Insane asylums Bombay 1873-77 - 1873-1877
Year: 1873
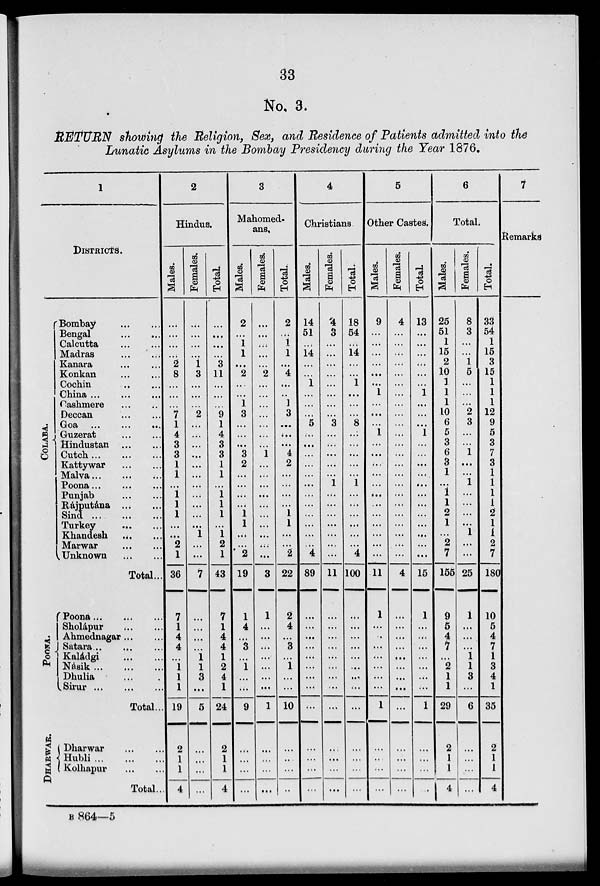
33
No. 3.
RETURN showing the Religion, Sex, and Residence of Patients admitted into the
Lunatic Asylums in the Bombay Presidency during the Year 1876.
1
DISTRICTS.
COLABA.
Bombay ... ...
Bengal ... ...
Calcutta ... ...
Madras ... ...
Kanara ... ...
Konkan ... ...
Cochin ... ...
China ... ...
Cashmere ... ...
Deccan ... ...
Goa ... ... ...
Guzerat ... ...
Hindustan ... ...
Cutch ... ... ...
Kattywar ... ...
Malva ... ... ...
Poona ... ... ...
Punjab ... ...
Rájputána ... ...
Sind ... ... ...
Turkey ... ...
Khandesh ... ...
Marwar ... ...
Unknown ... ...
Total ...
POONA.
Poona ... ... ...
Sholápur ... ...
Ahmednagar ... ...
Satara ... ... ...
Kaladgi ... ...
Násik ... ... ...
Dhulia ... ...
Sirur ... ... ...
Total...
DHARWAR.
Dharwar ... ...
Hubli ... ... ...
Kolhapur ... ...
Total ...
2
Hindus.
Males.
...
...
...
...
2
8
...
...
...
7
1
4
3
3
1
1
...
1
1
1
...
...
2
1
36
7
1
4
4
...
1
1
1
19
2
1
1
4
Females.
...
...
...
...
1
3
...
...
...
2
...
...
...
...
...
...
...
...
...
...
...
1
...
...
7
...
...
...
...
1
1
3
...
5
...
...
...
...
Total
...
...
...
...
3
11
...
...
...
9
1
4
3
3
1
1
...
1
1
1
...
1
2
1
43
7
1
4
4
1
2
4
1
24
2
1
1
4
3
Mahomed-
ans.
Males.
2
...
1
1
...
2
...
...
1
3
...
...
...
3
2
...
...
...
...
1
1
...
...
2
19
1
4
...
3
...
1
...
...
9
...
...
...
...
Females.
...
...
...
...
...
2
...
...
...
...
...
...
...
1
...
...
...
...
...
...
...
...
...
...
3
1
...
...
...
...
...
...
...
1
...
...
...
...
Total.
2
...
1
1
...
4
...
...
1
3
...
...
...
4
2
...
...
...
...
1
1
...
...
2
22
2
4
...
3
...
1
...
...
10
...
...
...
...
4
Christians
Males.
14
51
...
14
...
...
1
...
...
...
5
...
...
...
...
...
...
...
...
...
...
...
...
4
89
...
...
...
...
...
...
...
...
...
...
...
...
...
Females.
4
3
...
...
...
...
...
...
...
...
3
...
...
...
...
...
1
...
...
...
...
...
...
...
11
...
...
...
...
...
...
...
...
...
...
...
...
...
Total.
18
54
...
14
...
...
1
...
...
...
8
...
...
...
...
...
1
...
...
...
...
...
...
4
100
...
...
...
...
...
...
...
...
...
...
...
...
...
5
Other Castes.
Males.
9
...
...
...
...
...
...
1
...
...
...
1
...
...
...
...
...
...
...
...
...
...
...
...
11
1
...
...
...
...
...
...
...
1
...
...
...
...
Females.
4
...
...
...
...
...
...
...
...
...
...
...
...
...
...
...
...
...
...
...
...
...
...
...
4
...
...
...
...
...
...
...
...
...
...
...
...
...
Total.
13
...
...
...
...
...
...
1
...
...
...
1
...
...
...
...
...
...
...
...
...
...
...
...
15
1
...
...
...
...
...
...
...
1
...
...
...
...
6
Total.
Males.
25
51
1
15
2
10
1
1
1
10
6
5
3
6
3
1
...
1
1
2
1
...
2
7
155
9
5
4
7
...
2
1
1
29
2
1
1
4
Females.
8
3
...
...
1
5
...
...
...
2
3
...
...
1
...
...
1
...
...
...
...
1
...
...
25
1
...
...
...
1
1
3
...
6
...
...
...
...
Total.
33
54
1
15
3
15
1
1
1
12
9
5
3
7
3
1
1
1
1
2
1
1
2
7
180
10
5
4
7
1
3
4
1
35
2
1
1
4
7
Remarks
B 864—5